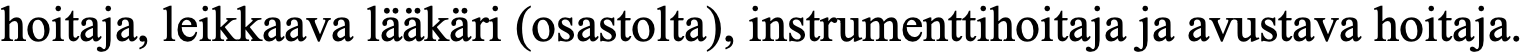
hoitaja, leikkaava lääkäri (osastolta), instrumenttihoitaja ja avustava hoitaja.